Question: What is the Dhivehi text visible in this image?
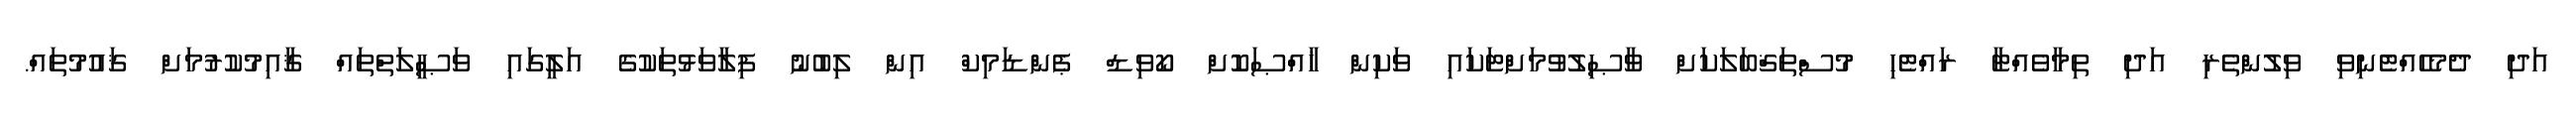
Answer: އަދި ދެމެހެއްޓެނިވި ވިލުންތެރި އަދި ތިމާވެއްޓާ ރައްޓެހި މުސްތަޤްބަލަކަށް ވާޞިލުވުމަށްޓަކައި ވަކިން ޚާއްޞަކޮށް ކޯވިޑް ޕެންޑަމިކް އިން ލިބުނު ފިލާވަޅުތަކުގެ އަލީގައި ވަޞީލަތްތައް ޤާއިމުކުރުމަށް ޤައުމުތައް.